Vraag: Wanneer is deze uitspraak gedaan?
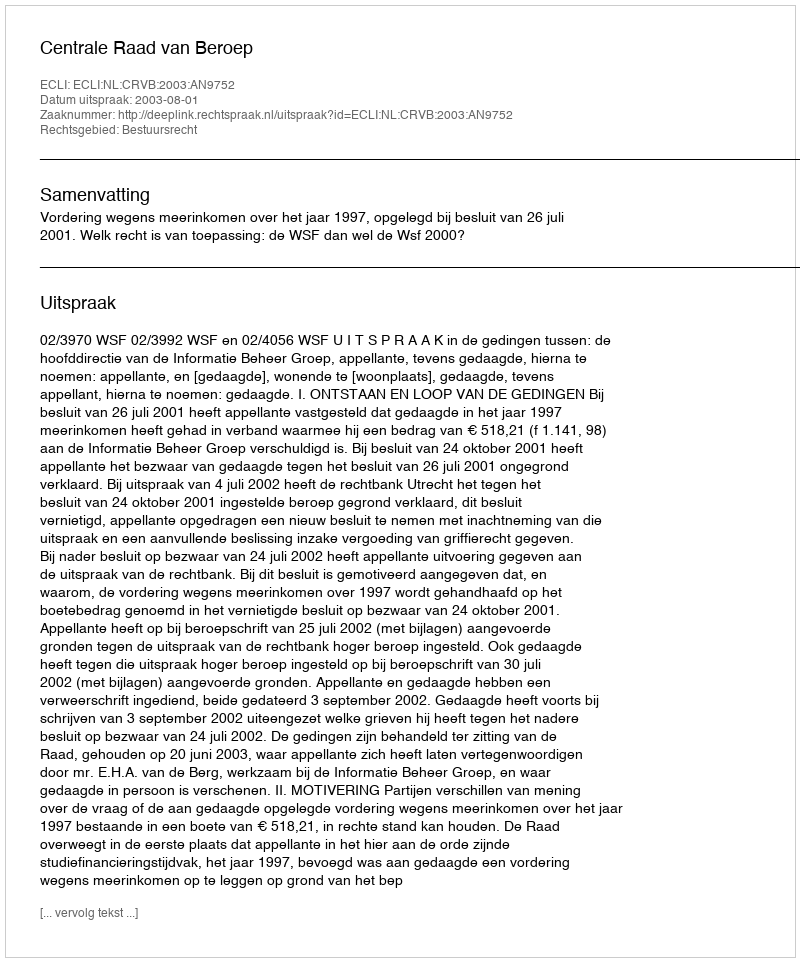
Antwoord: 2003-08-01